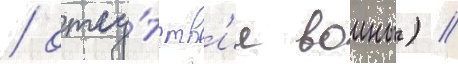
/ отсу́тств'ие воины) /